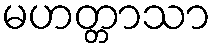
မဟတ္တာသာ